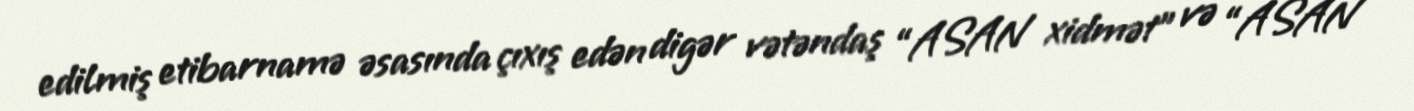
edilmiş etibarnamə əsasında çıxış edən digər vətəndaş “ASAN xidmət” və “ASAN